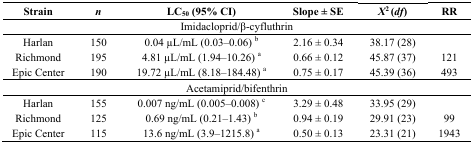
| Strain | n | LC50 (95% CI) | Slope ± SE | X2 (df) | RR |
 | --- | --- | --- | --- | --- | --- |
 | <COLSPAN=6> Imidacloprid/β-cyfluthrin |
 | Harlan | 150 | 0.04 μL/mL (0.03–0.06) b | 2.16 ± 0.34 | 38.17 (28) |  |
 | Richmond | 195 | 4.81 μL/mL (1.94–10.26) a | 0.66 ± 0.12 | 45.87 (37) | 121 |
 | Epic Center | 190 | 19.72 μL/mL (8.18–184.48) a | 0.75 ± 0.17 | 45.39 (36) | 493 |
 | <COLSPAN=6> Acetamiprid/bifenthrin |
 | Harlan | 155 | 0.007 ng/mL (0.005–0.008) c | 3.29 ± 0.48 | 33.95 (29) |  |
 | Richmond | 125 | 0.69 ng/mL (0.21–1.43) b | 0.94 ± 0.19 | 29.91 (23) | 99 |
 | Epic Center | 115 | 13.6 ng/mL (3.9–1215.8) a | 0.50 ± 0.13 | 23.31 (21) | 1943 |